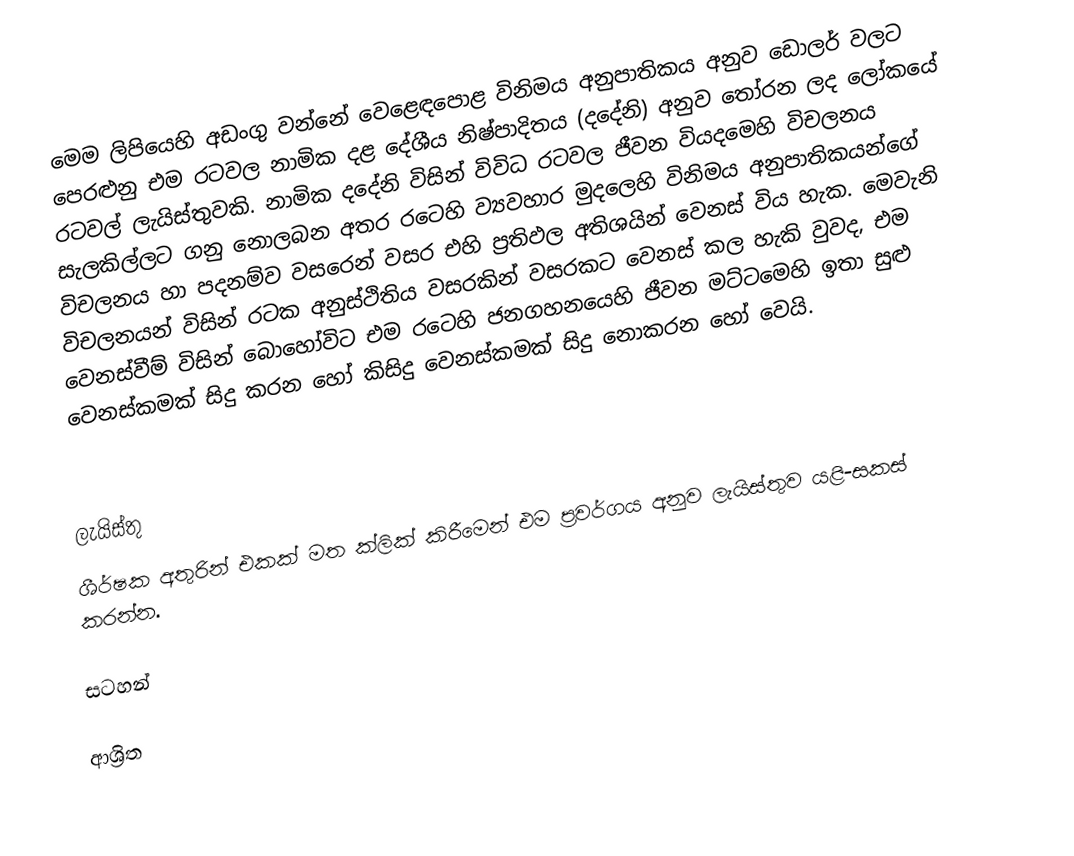
මෙම ලිපියෙහි අඩංගු වන්නේ  වෙළෙඳපොළ විනිමය අනුපාතිකය අනුව ඩොලර් වලට පෙරළුනු එම රටවල නාමික දළ දේශීය නිෂ්පාදිතය (දදේනි) අනුව තෝරන ලද ලෝකයේ රටවල් ලැයිස්තුවකි. නාමික දදේනි විසින් විවිධ රටවල  ජීවන වියදමෙහි විචලනය සැලකිල්ලට ගනු නොලබන අතර රටෙහි ව්‍යවහාර මුදලෙහි විනිමය අනුපාතිකයන්ගේ විචලනය හා පදනම්ව වසරෙන් වසර එහි ප්‍රතිඵල අතිශයින් වෙනස් විය හැක. මෙවැනි විචලනයන් විසින් රටක අනුස්ථිතිය වසරකින් වසරකට වෙනස් කල හැකි වුවද, එම වෙනස්වීම් විසින් බොහෝවිට එම රටෙහි ජනගහනයෙහි ජීවන මට්ටමෙහි ඉතා සුළු වෙනස්කමක්  සිදු කරන හෝ කිසිදු වෙනස්කමක් සිදු නොකරන හෝ වෙයි.

ලැයිස්තු
ශීර්ෂක අතුරින් එකක් මත ක්ලික් කිරීමෙන් එම ප්‍රවර්ගය අනුව ලැයිස්තුව යළි-සකස් කරන්න.

සටහන්

ආශ්‍රිත